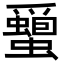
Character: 𮕎